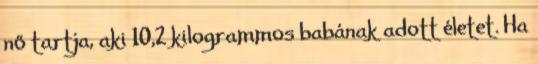
nő tartja, aki 10,2 kilogrammos babának adott életet. Ha